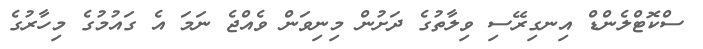
ސްކޮޓްލެންޑް އިނގިރޭސި ވިލާތުގެ ދަށުން މިނިވަން ވެއްޖެ ނަމަ އެ ގައުމުގެ މިހާރުގެ